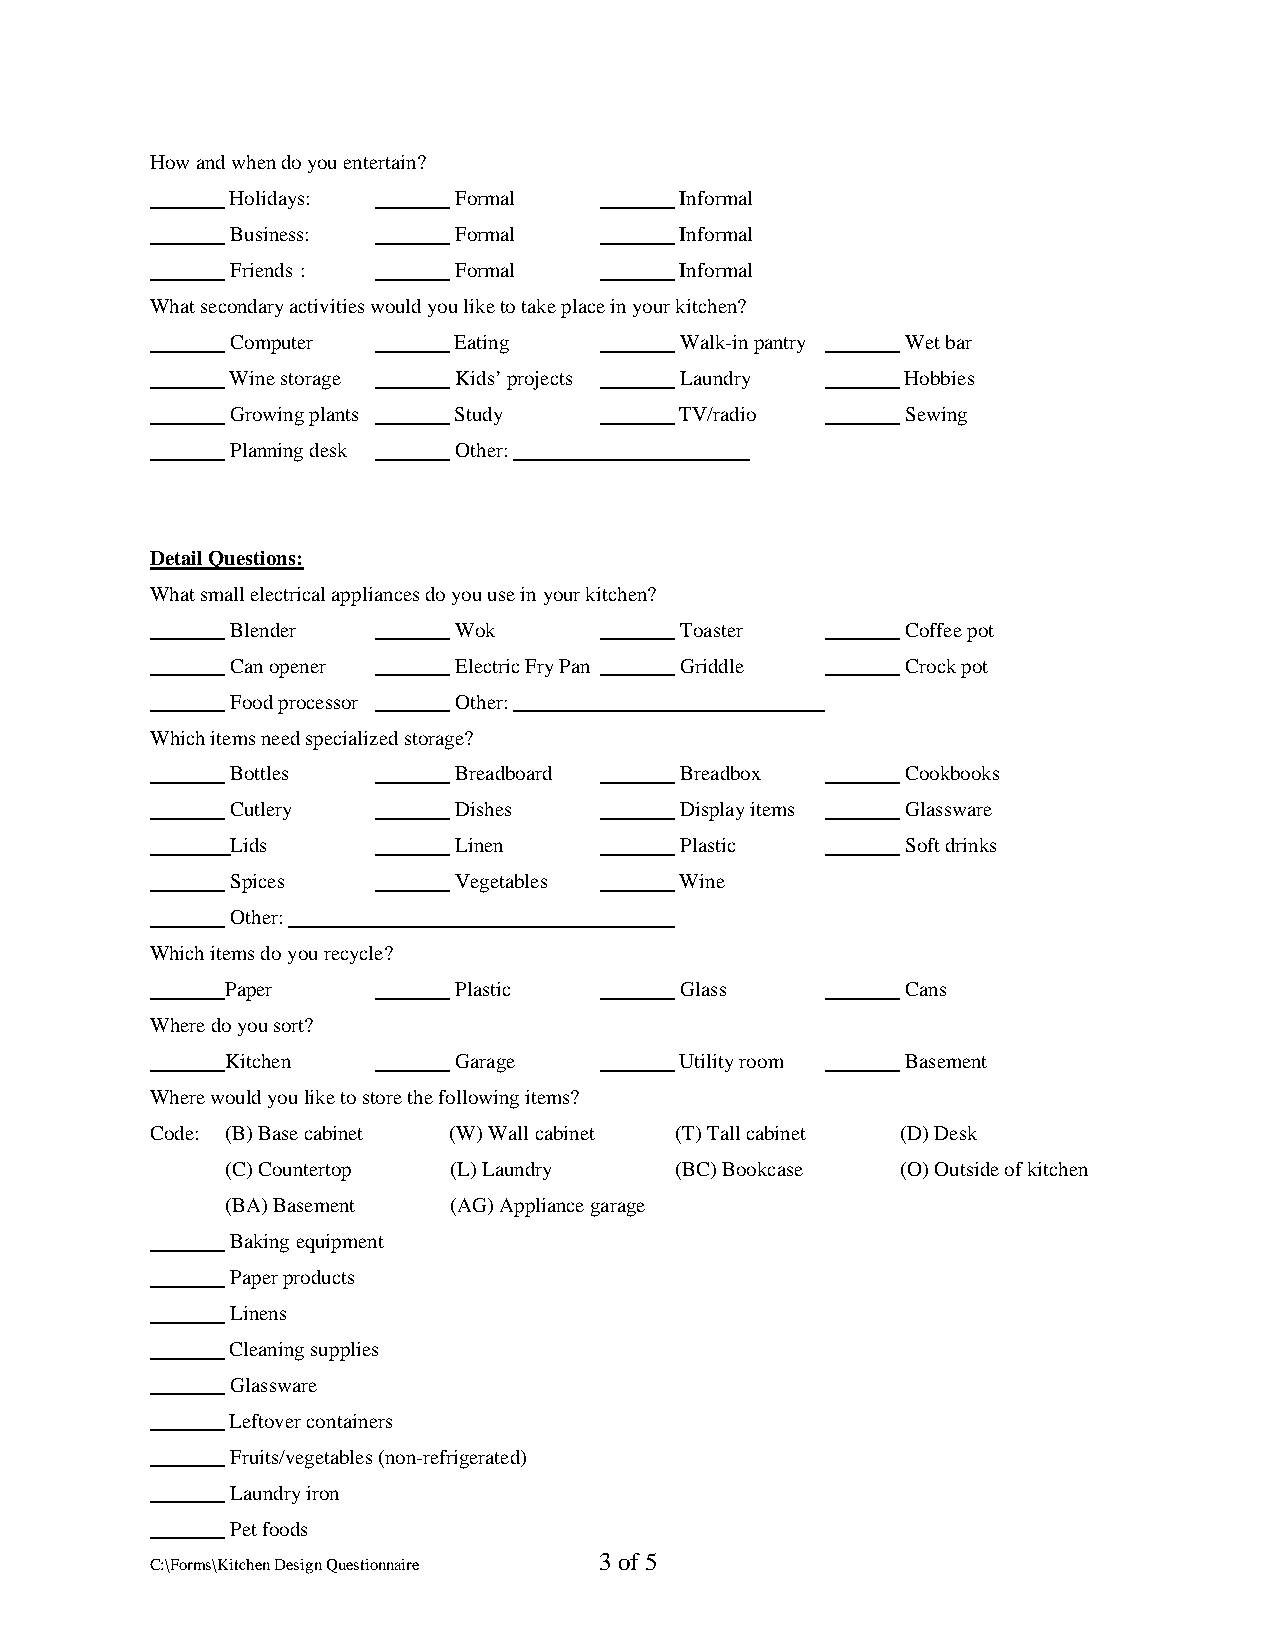
How and when do you entertain?
 Holidays:      Formal         Informal
 Business:      Formal         Informal
 Friends :      Formal         Informal
 What secondary activities would you like to take place in your kitchen?
 Computer       Eating         Walk-in pantry Wet bar
 Wine storage   Kids’ projects Laundry        Hobbies
 Growing plants Study          TV/radio       Sewing
 Planning desk  Other:
 Detail Questions:
 What small electrical appliances do you use in your kitchen?
 Blender        Wok            Toaster        Coffee pot
 Can opener     Electric Fry Pan Griddle      Crock pot
 Food processor Other:
 Which items need specialized storage?
 Bottles        Breadboard     Breadbox       Cookbooks
 Cutlery        Dishes         Display items  Glassware
 Lids           Linen          Plastic        Soft drinks
 Spices         Vegetables     Wine
 Other:
 Which items do you recycle?
 Paper          Plastic        Glass          Cans
 Where do you sort?
 Kitchen        Garage         Utility room   Basement
 Where would you like to store the following items?
 Code: (B) Base cabinet (W) Wall cabinet (T) Tall cabinet (D) Desk
 (C) Countertop (L) Laundry    (BC) Bookcase  (O) Outside of kitchen
 (BA) Basement  (AG) Appliance garage
 Baking equipment
 Paper products
 Linens
 Cleaning supplies
 Glassware
 Leftover containers
 Fruits/vegetables (non-refrigerated)
 Laundry iron
 Pet foods
 3 of 5
 C:\Forms\Kitchen Design Questionnaire